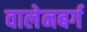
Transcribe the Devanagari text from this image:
वालेनबर्ग